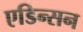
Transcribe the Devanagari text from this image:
एडिन्सन